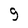
Character: 9